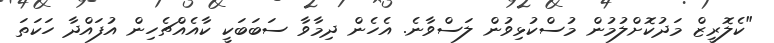
"ކެލޮރީޒް މަދުކޮށްލުމުން މުސްކުޅިވުން ލަސްވާނެ. އެހެން ދިމާވާ ސަބަބަކީ ކާއެއްޗެހިން އުފައްދާ ހަކަތަ